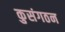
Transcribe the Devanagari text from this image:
कुसंगठन